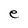
Character: e